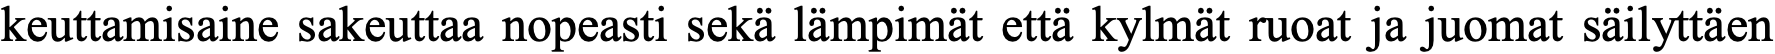
keuttamisaine sakeuttaa nopeasti sekä lämpimät että kylmät ruoat ja juomat säilyttäen